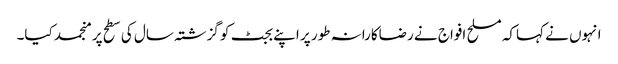
انہوں نے کہاکہ مسلح افواج نے رضاکارانہ طور پر اپنے بجٹ کو گزشتہ سال کی سطح پر منجمد کیا۔